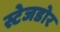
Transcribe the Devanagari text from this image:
स्टेजडोर